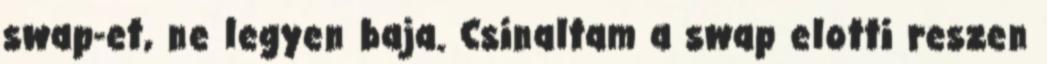
swap-et, ne legyen baja. Csinaltam a swap elotti reszen